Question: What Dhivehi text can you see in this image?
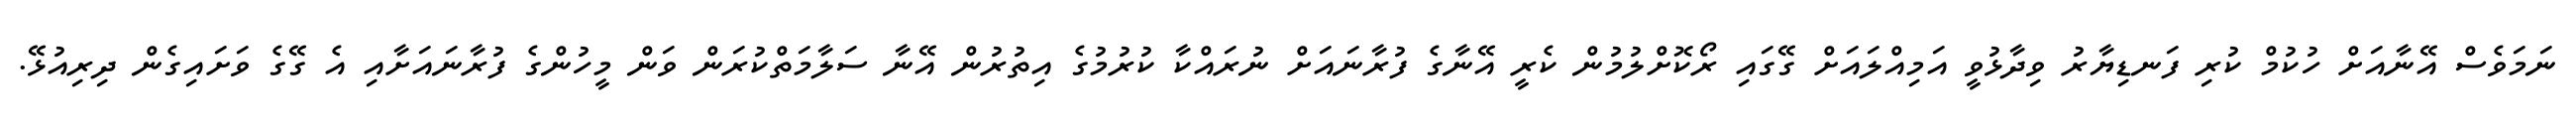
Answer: ނަމަވެސް އޭނާއަށް ހުކުމް ކުރި ފަނޑިޔާރު ވިދާޅުވީ އަމިއްލައަށް ގޭގައި ރޯކޮށްލުމުން ކެރީ އޭނާގެ ފުރާނައަށް ނުރައްކާ ކުރުމުގެ އިތުރުން އޭނާ ސަލާމަތްކުރަން ވަން މީހުންގެ ފުރާނައަށާއި އެ ގޭގެ ވަށައިގެން ދިރިއުޅޭ.